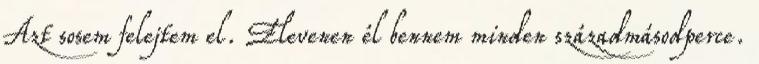
Azt sosem felejtem el. Elevenen él bennem minden századmásodperce.